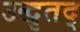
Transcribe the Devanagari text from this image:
उद्धृतद्